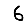
Digit: 6